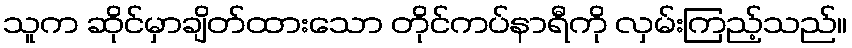
သူက ဆိုင်မှာချိတ်ထားသော တိုင်ကပ်နာရီကို လှမ်းကြည့်သည်။